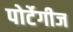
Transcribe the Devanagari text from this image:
पोर्टेगीज